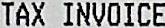
TAX INVOICE